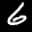
Label: 6